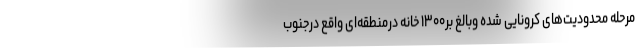
مرحله محدودیت‌های کرونایی شده وبالغ بر۱۳۰۰ خانه درمنطقه‌ای واقع درجنوب